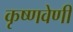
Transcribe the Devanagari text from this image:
कृष्णवेणी